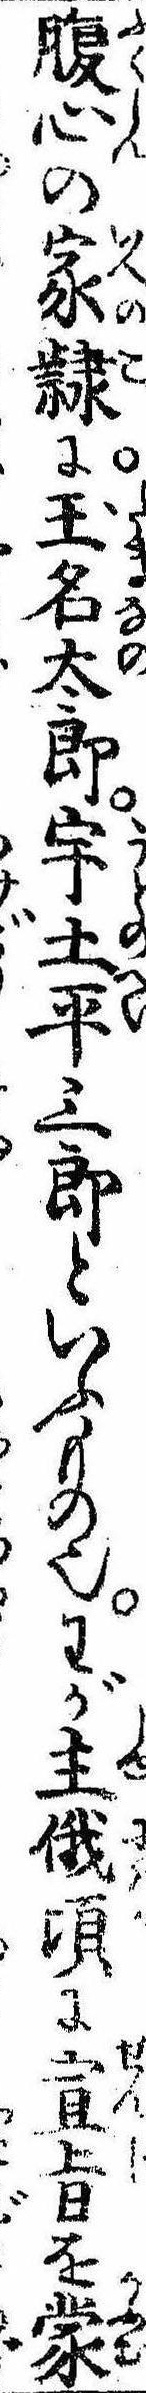
腹心の家隷に玉名太郎宇土平三郎といふもの也わが主俄頃に宣㫖を蒙